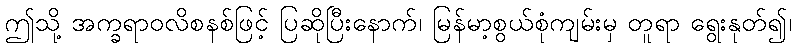
ဤသို့ အက္ခရာဝလိစနစ်ဖြင့် ပြဆိုပြီးနောက်၊ မြန်မာ့စွယ်စုံကျမ်းမှ တူရာ ရွေးနုတ်၍၊